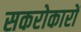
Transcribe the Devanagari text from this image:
सकरोकारों